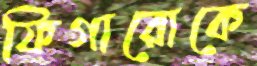
ফিগারোকে